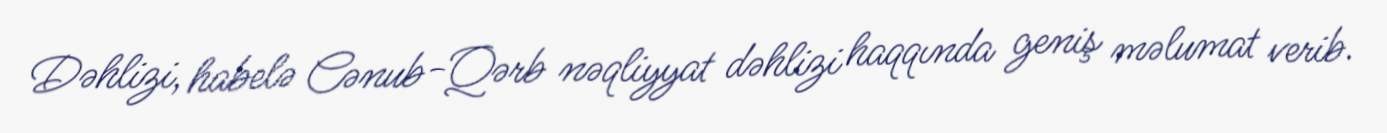
Dəhlizi, habelə Cənub-Qərb nəqliyyat dəhlizi haqqında geniş məlumat verib.